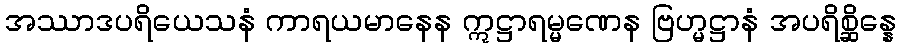
အဿာဒပရိယေသနံ ကာရယမာနေန ဣဋ္ဌာရမ္မဏေန ဗြဟ္မဋ္ဌာနံ အပရိစ္ဆိန္နေ